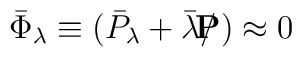
\bar \Phi_{\lambda }  \equiv  (\bar P_{\lambda }  + \bar \lambda  / {\hskip - 0.27 cm  {\bf P}} )\approx0